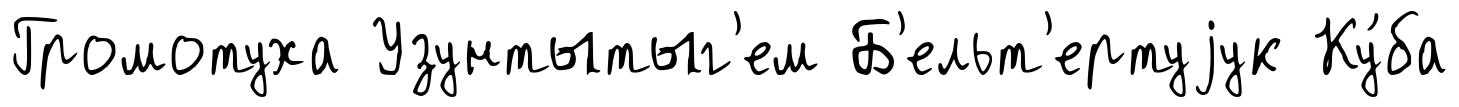
Громотуха Узунтытыг'ем Б'ельт'ертуjук Ку́ба